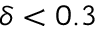
\delta < 0 . 3